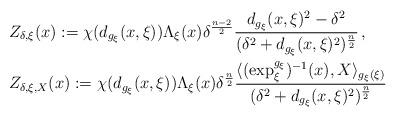
LaTeX: \begin{align*}&Z_{\delta,\xi}(x):=\chi(d_{g_\xi}(x,\xi))\Lambda_\xi(x)\delta^{\frac{n-2}{2}}\frac{d_{g_\xi}(x,\xi)^2-\delta^2}{(\delta^2+d_{g_\xi}(x,\xi)^2)^{\frac{n}{2}}}\,,\\&Z_{\delta,\xi,X}(x):=\chi(d_{g_\xi}(x,\xi))\Lambda_\xi(x)\delta^{\frac{n}{2}}\frac{\langle (\hbox{exp}_\xi^{g_\xi})^{-1}(x),X\rangle_{g_\xi(\xi)}}{(\delta^2+d_{g_\xi}(x,\xi)^2)^{\frac{n}{2}}}\end{align*}